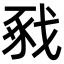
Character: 𢧈